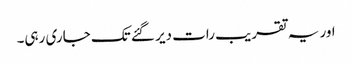
اور یہ تقریب رات دیر گئے تک جاری رہی۔